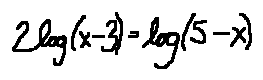
2 \log ( x - 3 ) = \log ( 5 - x )